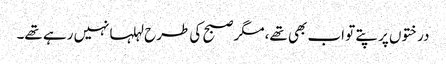
درختوں پر پتے تو اب بھی تھے،مگر صبح کی طرح لہلہانہیں رہے تھے۔